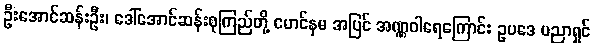
ဦးအောင်ဆန်းဦး၊ ဒေါ်အောင်ဆန်းစုကြည်တို့ မောင်နှမ အပြင် အဏ္ဏဝါရေကြောင်း ဥပဒေ ပညာရှင်